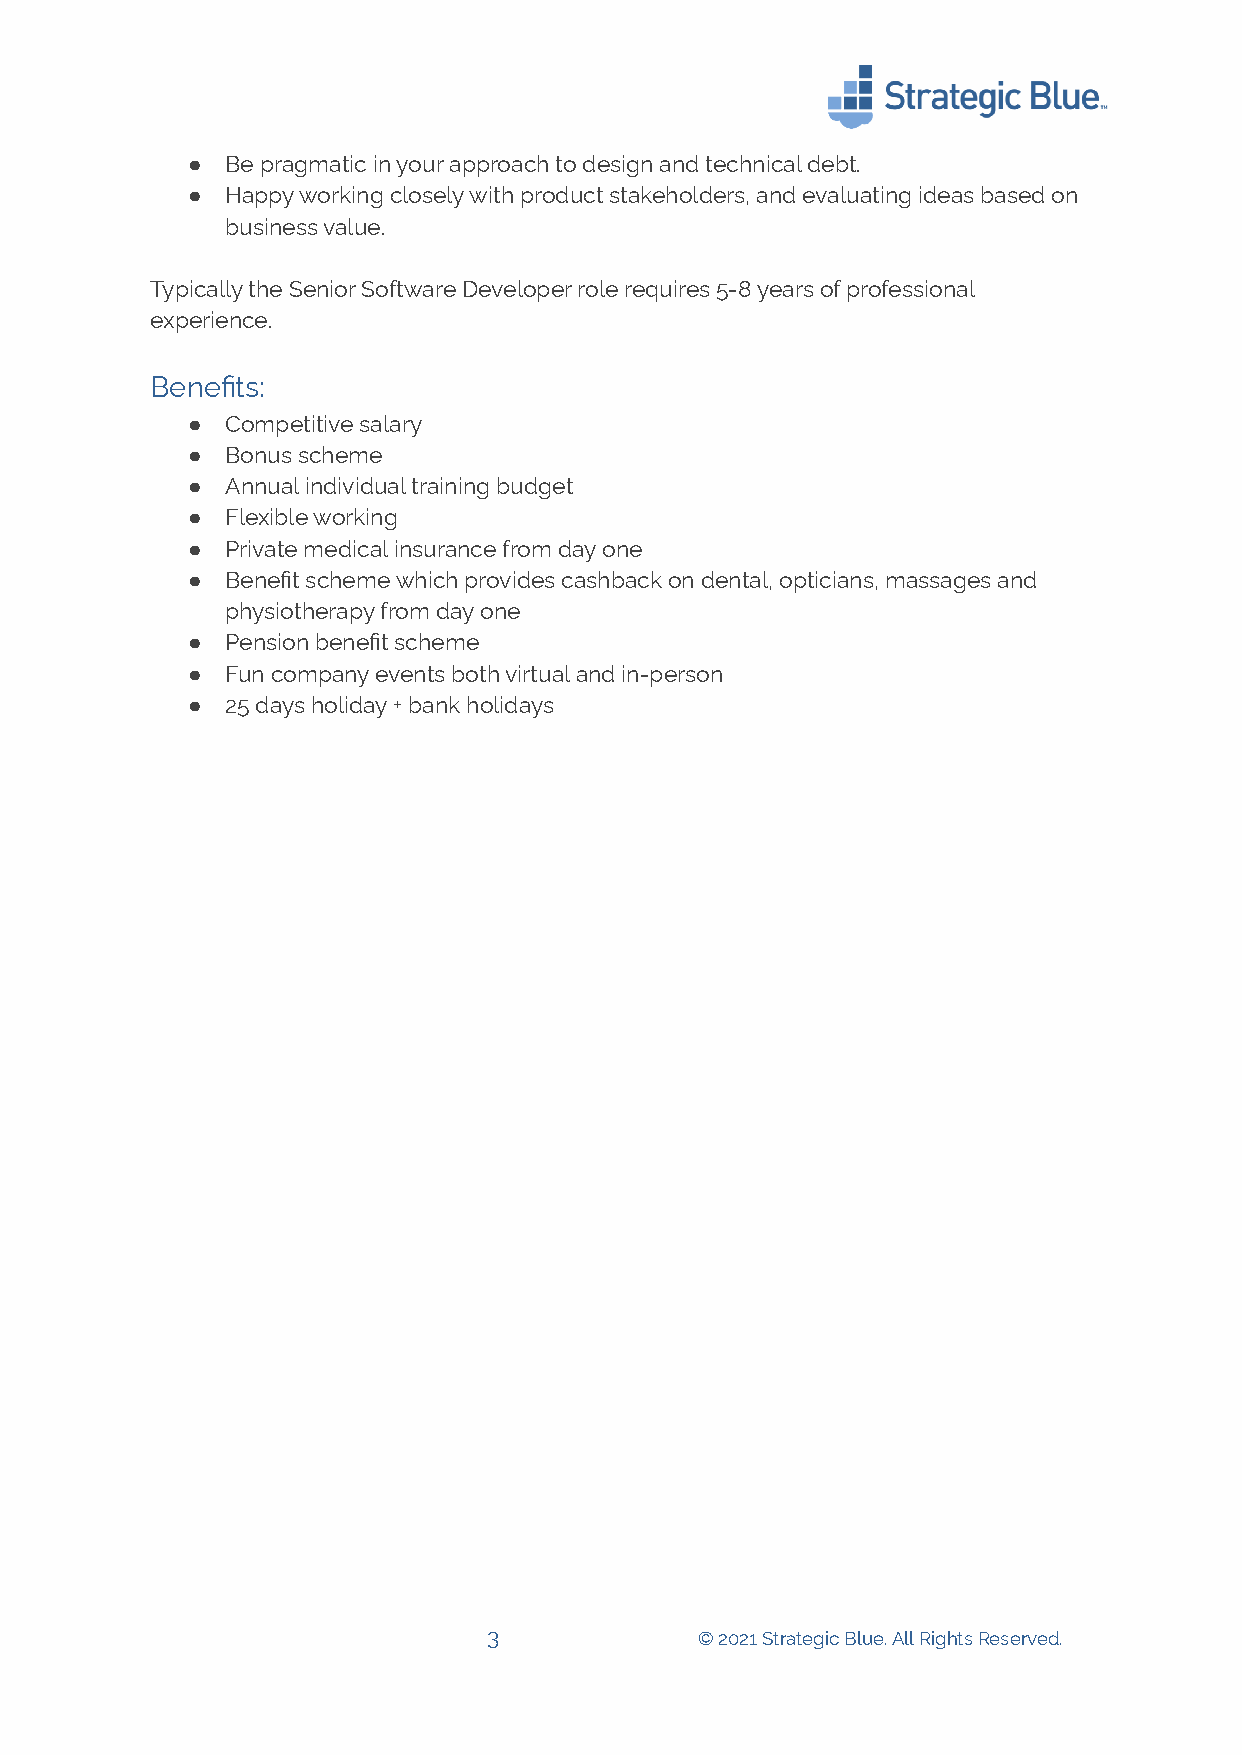
●  Be pragmatic in your approach to design and technical debt.
 ●  Happy working closely with product stakeholders, and evaluating ideas based on
 business value.
 Typically the Senior Software Developer role requires 5-8 years of professional
 experience.
 Benefits:
 ●  Competitive salary
 ●  Bonus scheme
 ●  Annual individual training budget
 ●  Flexible working
 ●  Private medical insurance from day one
 ●  Benefit scheme which provides cashback on dental, opticians, massages and
 physiotherapy from day one
 ●  Pension benefit scheme
 ●  Fun company events both virtual and in-person
 ●  25 days holiday + bank holidays
 3             © 2021 Strategic Blue. All Rights Reserved.